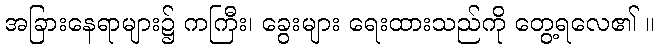
အခြားနေရာများ၌ ကကြီး၊ ခွေးများ ရေးထားသည်ကို တွေ့ရလေ၏ ။